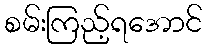
စမ်းကြည့်ရအောင်